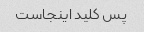
پس کلید اینجاست